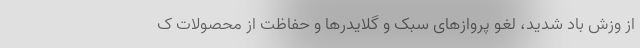
از وزش باد شدید، لغو پروازهای سبک و گلایدرها و حفاظت از محصولات ک